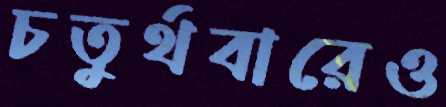
চতুর্থবারেও